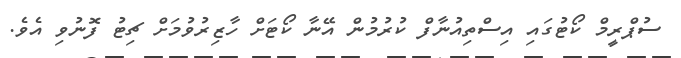
ސުޕްރީމް ކޯޓުގައި އިސްތިއުނާފް ކުރުމުން އޭނާ ކޯޓަށް ހާޒިރުވުމަށް ޗިޓު ފޮނުވި އެވެ.